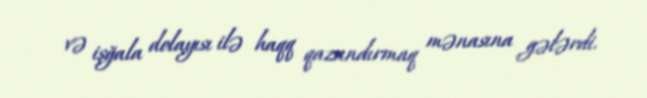
və işğala dolayısı ilə haqq qazandırmaq mənasına gələrdi.